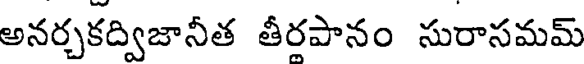
అనర్చకద్విజానీత తీరపానం సురాసమమ్